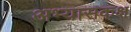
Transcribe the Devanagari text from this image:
अभ्यासकक्ष